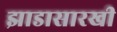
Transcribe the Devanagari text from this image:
झाडासारखी